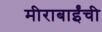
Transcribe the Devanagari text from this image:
मीराबाईंची